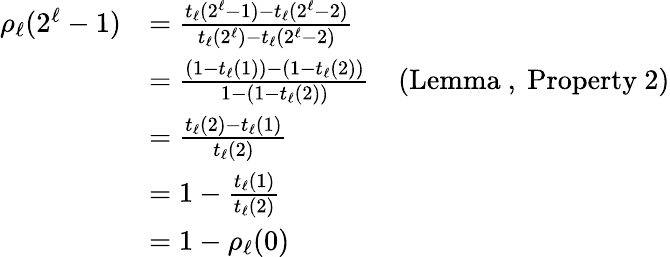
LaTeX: \begin{array}{rlr}{\rho_{\ell}(2^{\ell}-1)}&{=\frac{t_{\ell}(2^{\ell}-1)-t_{\ell}(2^{\ell}-2)}{t_{\ell}(2^{\ell})-t_{\ell}(2^{\ell}-2)}}\\ &{=\frac{(1-t_{\ell}(1))-(1-t_{\ell}(2))}{1-(1-t_{\ell}(2))}}&{\left(\mathrm{Lemma~,~Property~}2\right)}\\ &{=\frac{t_{\ell}(2)-t_{\ell}(1)}{t_{\ell}(2)}}\\ &{=1-\frac{t_{\ell}(1)}{t_{\ell}(2)}}\\ &{=1-\rho_{\ell}(0)}\end{array}